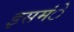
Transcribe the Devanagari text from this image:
इसमंे